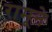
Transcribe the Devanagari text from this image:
रामूने